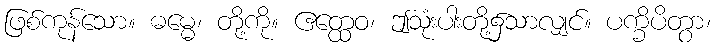
ဖြစ်ကုန်သော။ ဓမ္မေ၊ တို့ကို။ ဧတ္ထေဝ၊ ဤသုံးပါးတို့၌သာလျှင်။ ပက္ခိပိတွာ၊